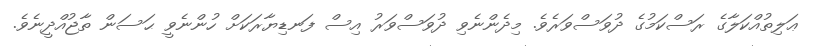
ޢަލިތުއްކަލާގެ ރަސްކަމުގެ ދުވަސްވަރެވެ. މިދެންނެވި ދުވަސްވަރު އިސް ފަނޑިޔާރަކަށް ހުންނެވީ ޙަސަން ތާޖުއްދީނެވެ.